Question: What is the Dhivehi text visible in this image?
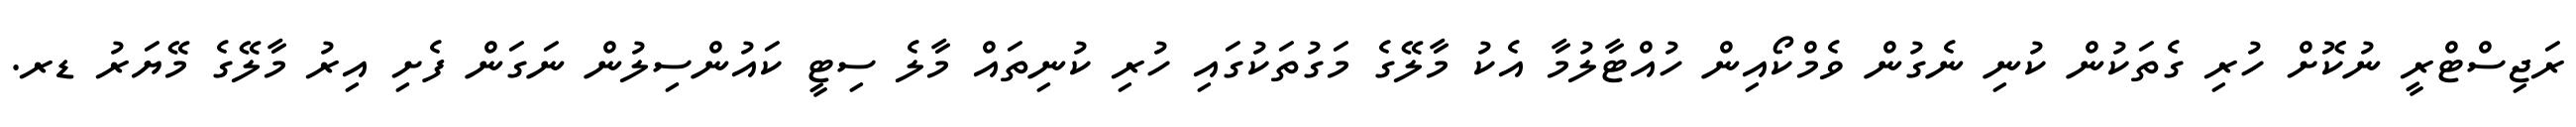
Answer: ރަޖިސްޓްރީ ނުކޮށް ހުރި ގެތަކުން ކުނި ނެގުން ވެމްކޯއިން ހުއްޓާލުމާ އެކު މާލޭގެ މަގުތަކުގައި ހުރި ކުނިތައް މާލެ ސިޓީ ކައުންސިލުން ނަގަން ފެށި އިރު މާލޭގެ މޭޔަރު ޑރ.